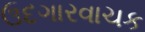
ઉદગારવાચક